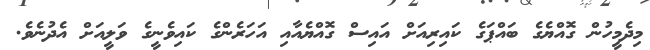
މިދެމީހުން ގޮއްޔެގެ ބައްޕަގެ ކައިރިއަށް އައިސް ގޮއްޔެއާއި އަހަރެންގެ ކައިވެނީގެ ވަލީއަށް އެދުނެވެ.